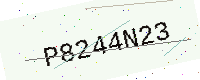
Text: P8244N23